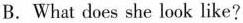
B.What does she look like? C.What does she like?